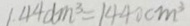
1 . 4 4 d m ^ { 3 } = 1 4 4 0 c m ^ { 3 }